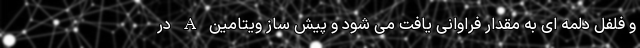
و فلفل دلمه ای به مقدار فراوانی یافت می شود و پیش ساز ویتامین A در